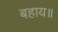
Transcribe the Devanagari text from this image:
बहाय॥